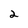
Character: 2